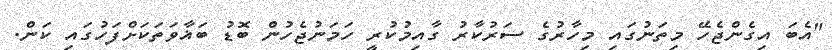
"އެބަ އިގެންޖެހޭ މިތަނުގައި މިހާރުގެ ސަރުކާރު ގާއިމުކުރީ ހަމަނުޖެހުން ބޮޑު ބަޣާވަތަކަށްފަހުގައި ކަން.